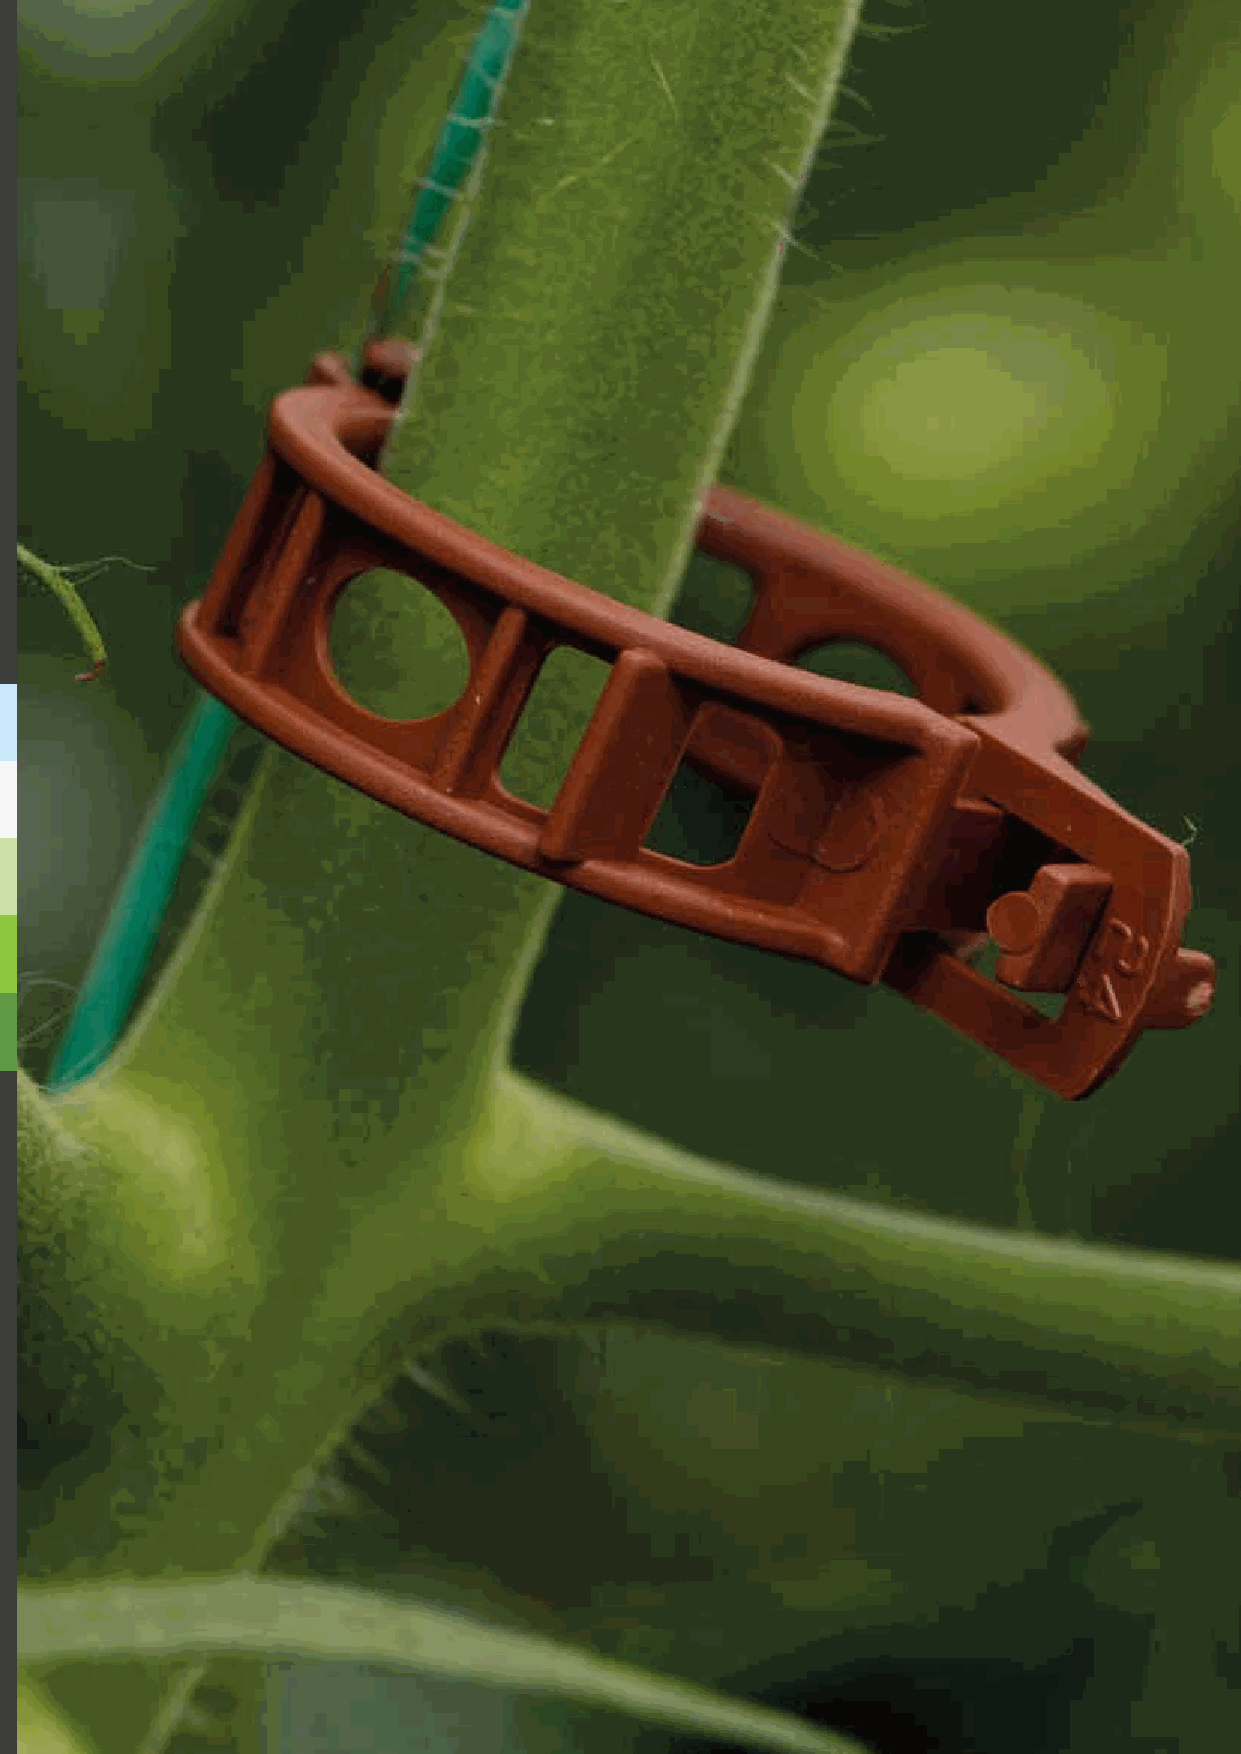
Hortus Supplies International                                  Catalog 24